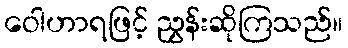
ဝေါဟာရဖြင့် ညွှန်းဆိုကြသည်။